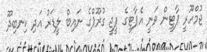
ޖުމްހޫރީ ޕާޓީން ވަނީ އެޕާޓީގެ ޕީޖީ ގުރޫޕްގެ ނައިބް ލީޑަރު އަދި ކިނބިދޫ